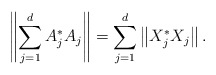
\begin{align*}\left\|\sum\limits_{j=1}^d A_{j}^*A_{j}\right\|=\sum\limits_{j=1}^d\left\|X_{j}^*X_{j}\right\|.\end{align*}